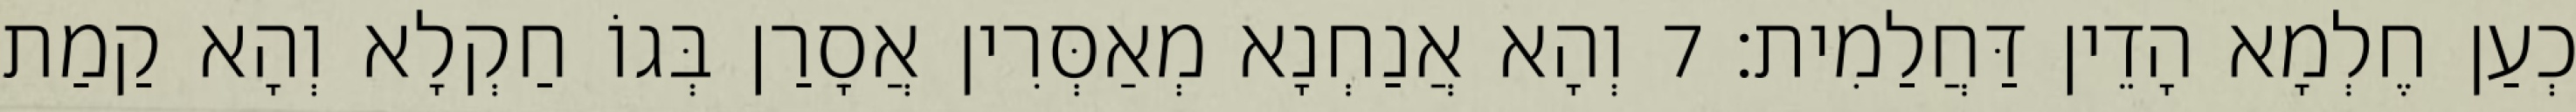
כְעַן חֶלְמָא הָדֵין דַּחֲלַמִית׃ 7 וְהָא אֲנַחְנָא מְאַסְּרִין אֲסָרַן בְּגוֹ חַקְלָא וְהָא קַמַת